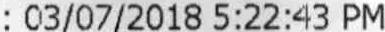
: 03/07/2018 5:22:43 PM